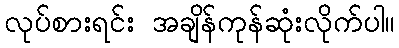
လုပ်စားရင်း အချိန်ကုန်ဆုံးလိုက်ပါ။